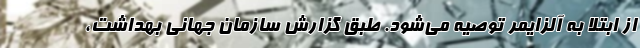
از ابتلا به آلزایمر توصیه می‌شود. طبق گزارش سازمان جهانی بهداشت،